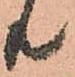
共